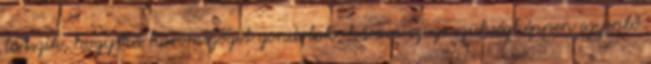
látszik, hogy ha háromszöget gondolok, három szöge szükségképpen egyenlő